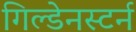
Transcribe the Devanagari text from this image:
गिल्डेनस्टर्न